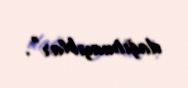
dağıtmayıblar”.